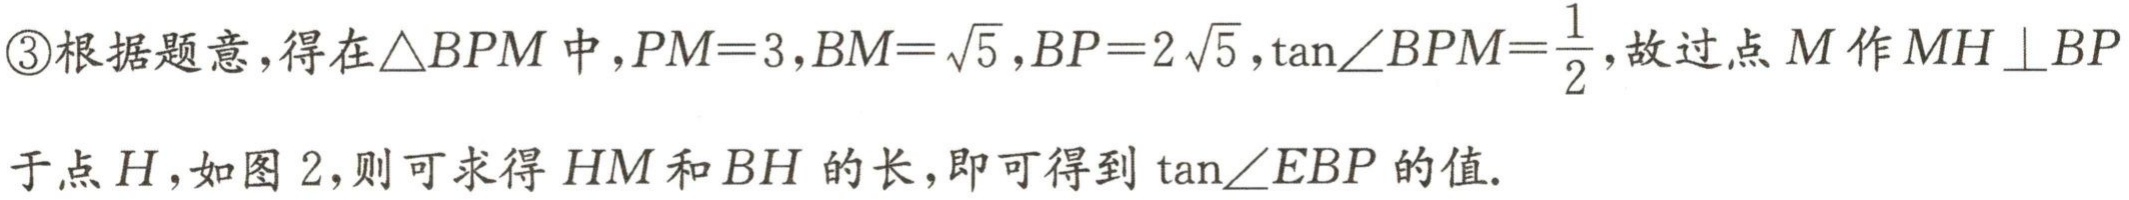
\textcircled{3}根据题意，得在\(\triangle BPM\)中，\(PM = 3\)，\(BM=\sqrt{5}\)，\(BP = 2\sqrt{5}\)，\(\tan\angle BPM=\frac{1}{2}\)，故过点\(M\)作\(MH\perp BP\)于点\(H\)，如图\(2\)，则可求得\(HM\)和\(BH\)的长，即可得到\(\tan\angle EBP\)的值。